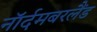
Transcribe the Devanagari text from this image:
नॉर्दमबरलैंड